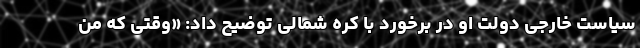
سیاست خارجی دولت او در برخورد با کره شمالی توضیح داد: «وقتی که من